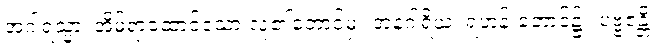
အဂါရသ္မာ၊ အိမ်ရာထောင်သော လူ၏ဘောင်မှ။ အနဂါရိယံ၊ ရဟန်းဘောင်၌။ ပဗ္ဗဇန္တိ၊